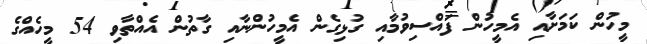
މީހުން ކަމަށާއި އެމީހުން ފައްސިވުމާއި ގުޅިގެން އެމީހުންނާއި ގާތުން އެއްތާވި 54 މީހެއްގެ